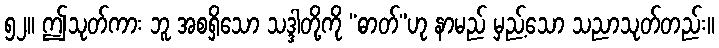
၅၂။ ဤသုတ်ကား ဘူ အစရှိသော သဒ္ဒါတို့ကို “ဓာတ်”ဟု နာမည် မှည့်သော သညာသုတ်တည်း။